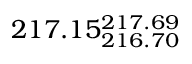
2 1 7 . 1 5 _ { 2 1 6 . 7 0 } ^ { 2 1 7 . 6 9 }